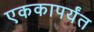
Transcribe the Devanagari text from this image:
एककापर्यंत